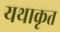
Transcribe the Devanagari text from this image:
यथाकृत